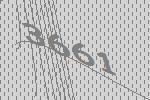
3661